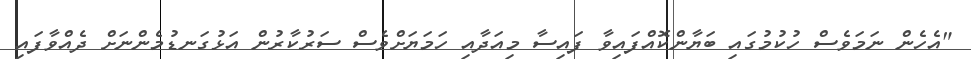
"އެހެން ނަމަވެސް ހުކުމުގައި ބަޔާންކޮއްފައިވާ ފައިސާ މިއަދާއި ހަމަޔަށްވެސް ސަރުކާރުން އަޅުގަނޑުމެންނަށް ދެއްވާފައި